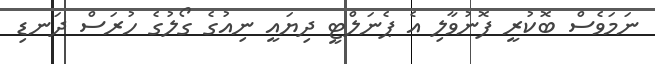
ނަމަވެސް ބޮކުރީ ފޮނުވާލި އެ ޕެނަލްޓީ ދިޔައީ ނިއުގެ ގޯލުގެ ހުރަސް ދަނޑި